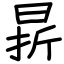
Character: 𣇄